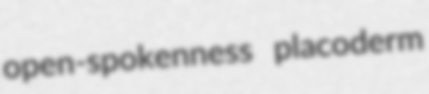
open-spokenness placoderm